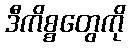
ဒီကိစ္စတွေကို